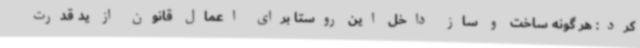
کرد: هر گونه ساخت و ساز داخل این روستا برای اعمال قانون از ید قدرت